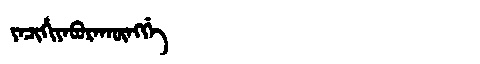
Manchu: ᠶᠠᠴᡳᡥᡳᠶᠠᠪᡠᡵᠠᡴᡡᠩᡤᡝ
Romanization: YACIHIYABURAKŪNGGE